Civil Veterinary Dept. Bombay admin report 1932-41 - 1932-1941
Year: 1932
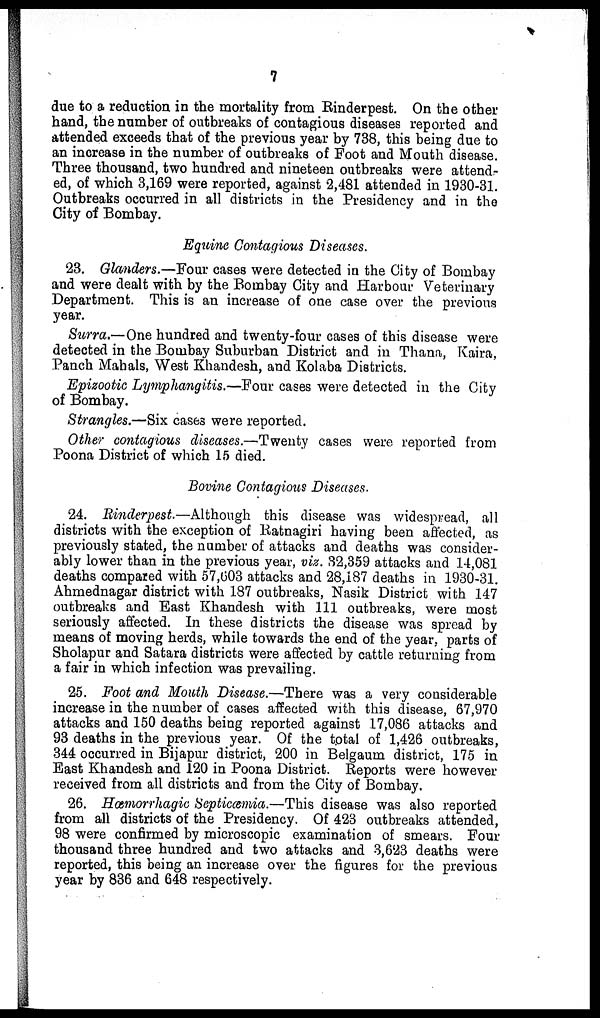
7
due to a reduction in the mortality from Rinderpest. On the other
hand, the number of outbreaks of contagious diseases reported and
attended exceeds that of the previous year by 738, this being due to
an increase in the number of outbreaks of Foot and Mouth disease.
Three thousand, two hundred and nineteen outbreaks were attend-
ed, of which 3,169 were reported, against 2,481 attended in 1930-31.
Outbreaks occurred in all districts in the Presidency and in the
City of Bombay.
Equine Contagious Diseases.
23. Glanders.—Four cases were detected in the City of Bombay
and were dealt with by the Bombay City and Harbour Veterinary
Department. This is an increase of one case over the previous
year.
Surra.—One hundred and twenty-four cases of this disease were
detected in the Bombay Suburban District and in Thana, Kaira,
Panch Mahals, West Khandesh, and Kolaba Districts.
Epizootic Lymphangitis.—Four cases were detected in the City
of Bombay.
Strangles.—Six cases were reported.
Other contagious diseases.—Twenty cases were reported from
Poona District of which 15 died.
Bovine Contagious Diseases.
24. Rinderpest.—Although this disease was widespread, all
districts with the exception of Ratnagiri having been affected, as
previously stated, the number of attacks and deaths was consider-
ably lower than in the previous year, viz. 32,359 attacks and 14,081
deaths compared with 57,603 attacks and 28,187 deaths in 1930-31.
Ahmednagar district with 187 outbreaks, Nasik District with 147
outbreaks and East Khandesh with 111 outbreaks, were most
seriously affected. In these districts the disease was spread by
means of moving herds, while towards the end of the year, parts of
Sholapur and Satara districts were affected by cattle returning from
a fair in which infection was prevailing.
25. Foot and Mouth Disease.—There was a very considerable
increase in the number of cases affected with this disease, 67,970
attacks and 150 deaths being reported against 17,086 attacks and
93 deaths in the previous year. Of the total of 1,426 outbreaks,
344 occurred in Bijapur district, 200 in Belgaum district, 175 in
East Khandesh and 120 in Poona District. Reports were however
received from all districts and from the City of Bombay.
26. Hæmorrhagic Septicæmia.—This disease was also reported
from all districts of the Presidency. Of 423 outbreaks attended,
98 were confirmed by microscopic examination of smears. Four
thousand three hundred and two attacks and 3,623 deaths were
reported, this being an increase over the figures for the previous
year by 836 and 648 respectively.